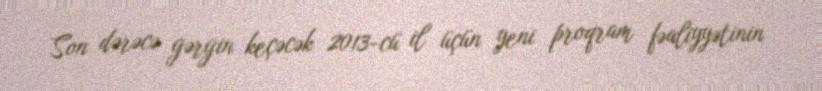
Son dərəcə gərgin keçəcək 2013-cü il üçün yeni proqram fəaliyyətinin